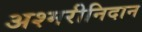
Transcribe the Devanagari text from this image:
अश्मरीनिदान